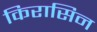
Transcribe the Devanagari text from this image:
किरासिन